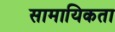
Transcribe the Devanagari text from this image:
सामायिकता